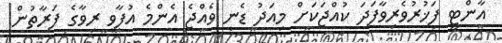
އާންޓީ ފަޚުރުވެރިވާފަދަ ކުއްޖަކަށް މިއަދު ޑެނީ ވެއްޖެ އެންމެ އުފާވީ ރިވާގެ ފަރާތުން